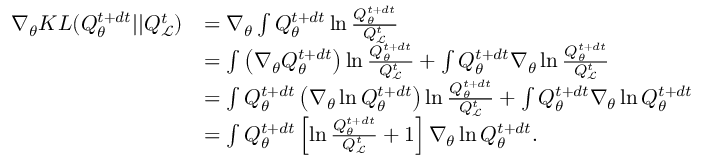
\begin{array} { r l } { \nabla _ { \theta } K L ( Q _ { \theta } ^ { t + d t } | | Q _ { \mathcal { L } } ^ { t } ) } & { = \nabla _ { \theta } \int Q _ { \theta } ^ { t + d t } \ln \frac { Q _ { \theta } ^ { t + d t } } { Q _ { \mathcal { L } } ^ { t } } } \\ & { = \int \left( \nabla _ { \theta } Q _ { \theta } ^ { t + d t } \right) \ln \frac { Q _ { \theta } ^ { t + d t } } { Q _ { \mathcal { L } } ^ { t } } + \int Q _ { \theta } ^ { t + d t } \nabla _ { \theta } \ln \frac { Q _ { \theta } ^ { t + d t } } { Q _ { \mathcal { L } } ^ { t } } } \\ & { = \int Q _ { \theta } ^ { t + d t } \left( \nabla _ { \theta } \ln Q _ { \theta } ^ { t + d t } \right) \ln \frac { Q _ { \theta } ^ { t + d t } } { Q _ { \mathcal { L } } ^ { t } } + \int Q _ { \theta } ^ { t + d t } \nabla _ { \theta } \ln Q _ { \theta } ^ { t + d t } } \\ & { = \int Q _ { \theta } ^ { t + d t } \left[ \ln \frac { Q _ { \theta } ^ { t + d t } } { Q _ { \mathcal { L } } ^ { t } } + 1 \right] \nabla _ { \theta } \ln Q _ { \theta } ^ { t + d t } . } \end{array}